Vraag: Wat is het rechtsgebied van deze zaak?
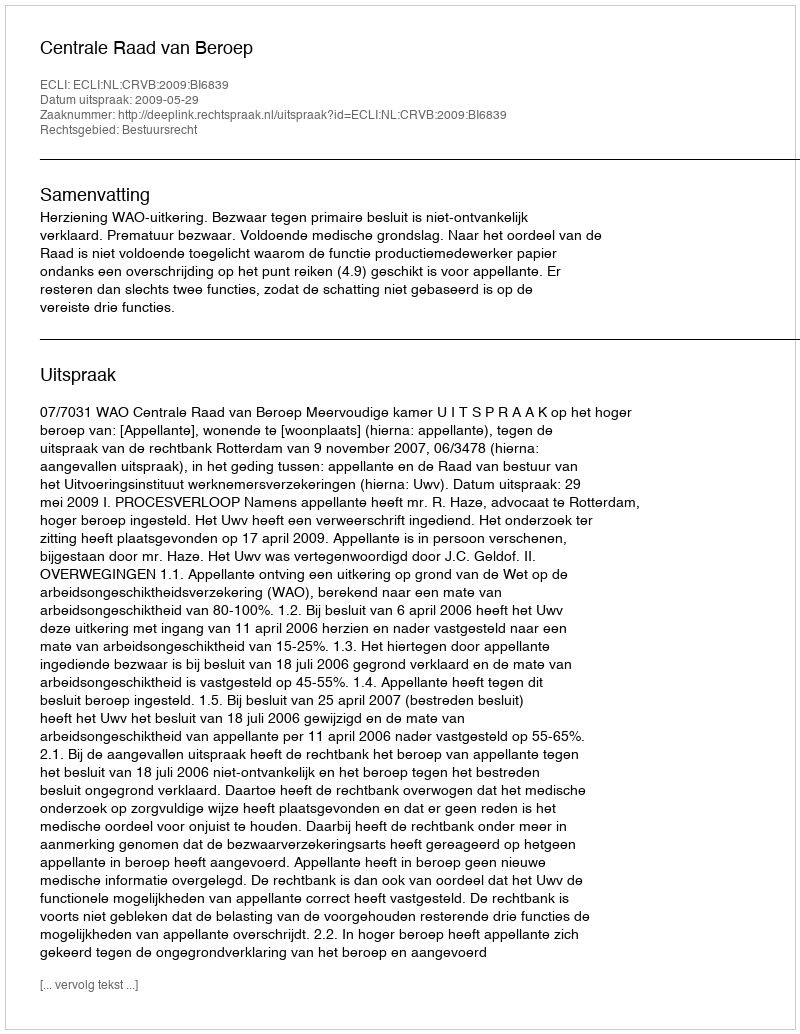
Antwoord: Bestuursrecht